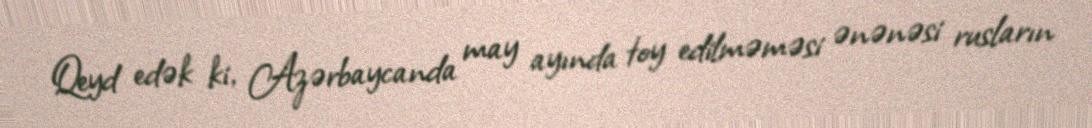
Qeyd edək ki, Azərbaycanda may ayında toy edilməməsi ənənəsi rusların